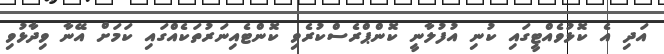
އަދި އެ ކޮޅުވެއްޓީގައި ކުނި އުފުލާނީ ކޮންޕްރެސްކުރެވި ކޮންޓެއިނަރުތަކެއްގައި ކަމަށް އޭނާ ވިދާޅުވި